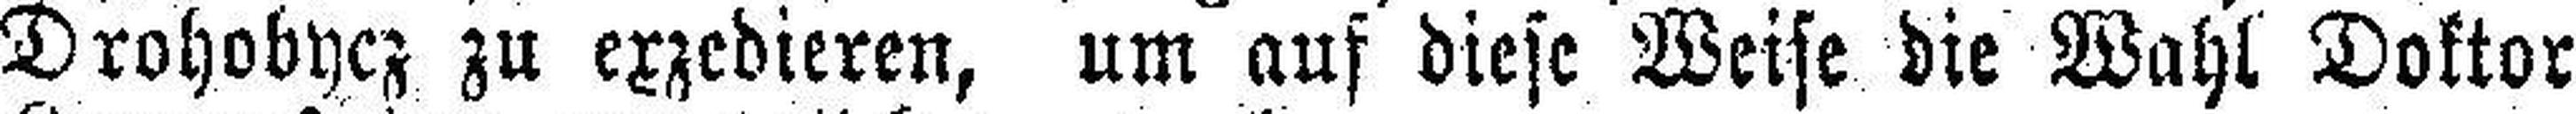
Drohobycz zu exzedieren, um auf diese Weise die Wahl Doktor